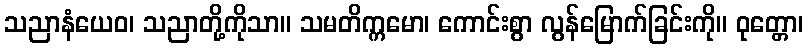
သညာနံယေဝ၊ သညာတို့ကိုသာ။ သမတိက္ကမော၊ ကောင်းစွာ လွန်မြောက်ခြင်းကို။ ဝုတ္တော၊